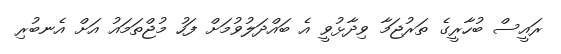
ރައީސް ބުހާރީގެ ތަރުޖަމާ ވިދާޅުވީ އެ ބައްދަލުވުމަށް ފަހު މުޖްތަމައު އަށް އެނބުރި